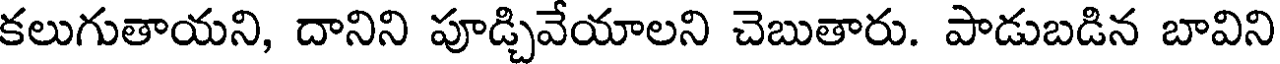
కలుగుతాయని, దానిని పూడ్చివేయాలని చెబుతారు. పాడుబడిన బావిని